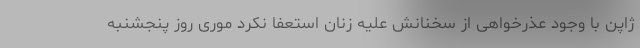
ژاپن با وجود عذرخواهی از سخنانش علیه زنان استعفا نکرد موری روز پنجشنبه